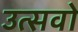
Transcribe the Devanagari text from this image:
उत्सवो